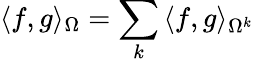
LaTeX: \langle f,g\rangle_{\Omega}=\sum_{k}{\langle f,g\rangle_{\Omega^{k}}}